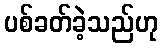
ပစ်ခတ်ခဲ့သည်ဟု